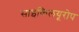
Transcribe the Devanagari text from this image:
साइकिलयूरोप